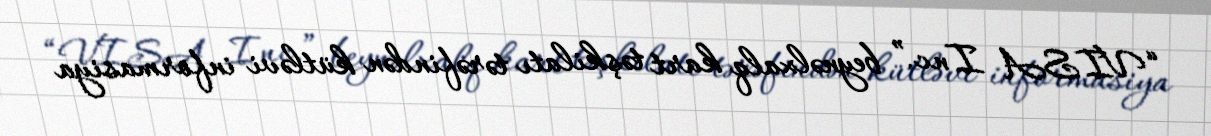
“VISA Inc.” beynəlxalq kart təşkilatı tərəfindən kütləvi informasiya